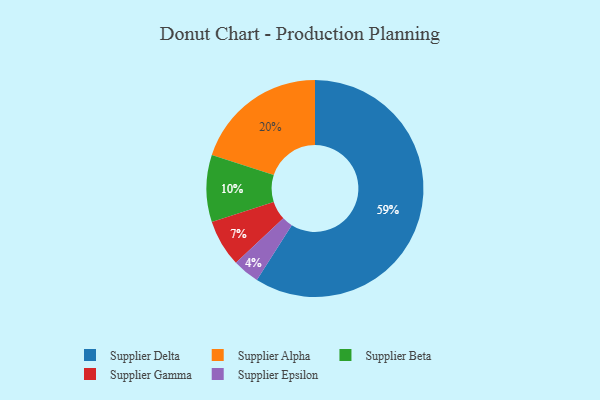
{"axis": {"x": "Category", "y": "Percentage"}, "legend": ["Supplier Alpha", "Supplier Beta", "Supplier Delta", "Supplier Epsilon", "Supplier Gamma"], "data": [{"x": "Supplier Gamma", "y": 7, "type": "Supplier Gamma"}, {"x": "Supplier Alpha", "y": 20, "type": "Supplier Alpha"}, {"x": "Supplier Beta", "y": 10, "type": "Supplier Beta"}, {"x": "Supplier Delta", "y": 59, "type": "Supplier Delta"}, {"x": "Supplier Epsilon", "y": 4, "type": "Supplier Epsilon"}]}